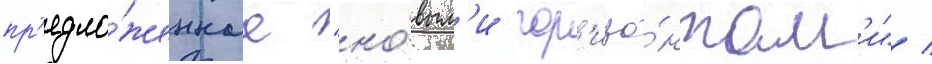
пр'едло́женнаа "но́вым'и гор'изо́нтам'и" /